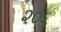
૨૦૬